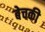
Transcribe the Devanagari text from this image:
बेचकी